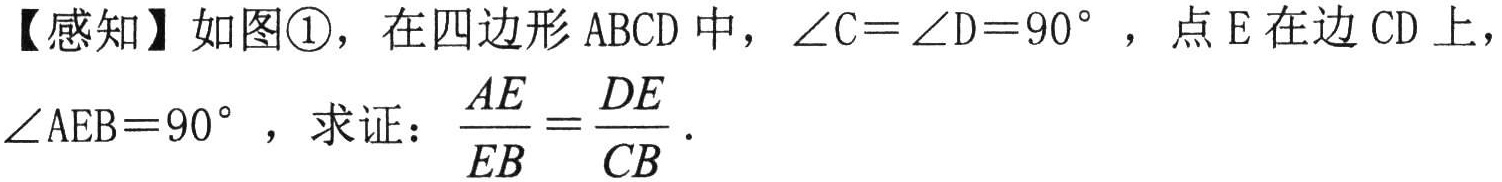
【感知】如图\textcircled{1}，在四边形\(ABCD\)中，\(\angle C = \angle D = 90^{\circ}\)，点\(E\)在边\(CD\)上，\(\angle AEB = 90^{\circ}\)，求证：\(\frac{AE}{EB}=\frac{DE}{CB}\).